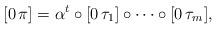
LaTeX: \begin{align*}[0\,\pi]=\alpha^t\circ[0\,\tau_1]\circ \cdots \circ [0\,\tau_m],\end{align*}